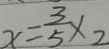
x = \frac { 3 } { 5 } \times 2